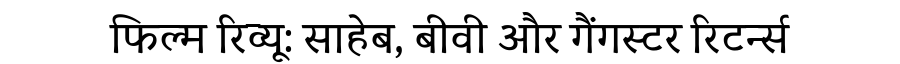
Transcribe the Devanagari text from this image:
फिल्म रिव्यू: साहेब, बीवी और गैंगस्टर रिटर्न्स